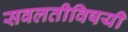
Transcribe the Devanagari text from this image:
सवलतीविषयी